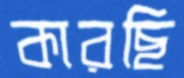
কারছি